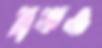
ব্রতও